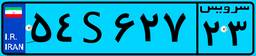
۰۲S۶۲۱۲۹